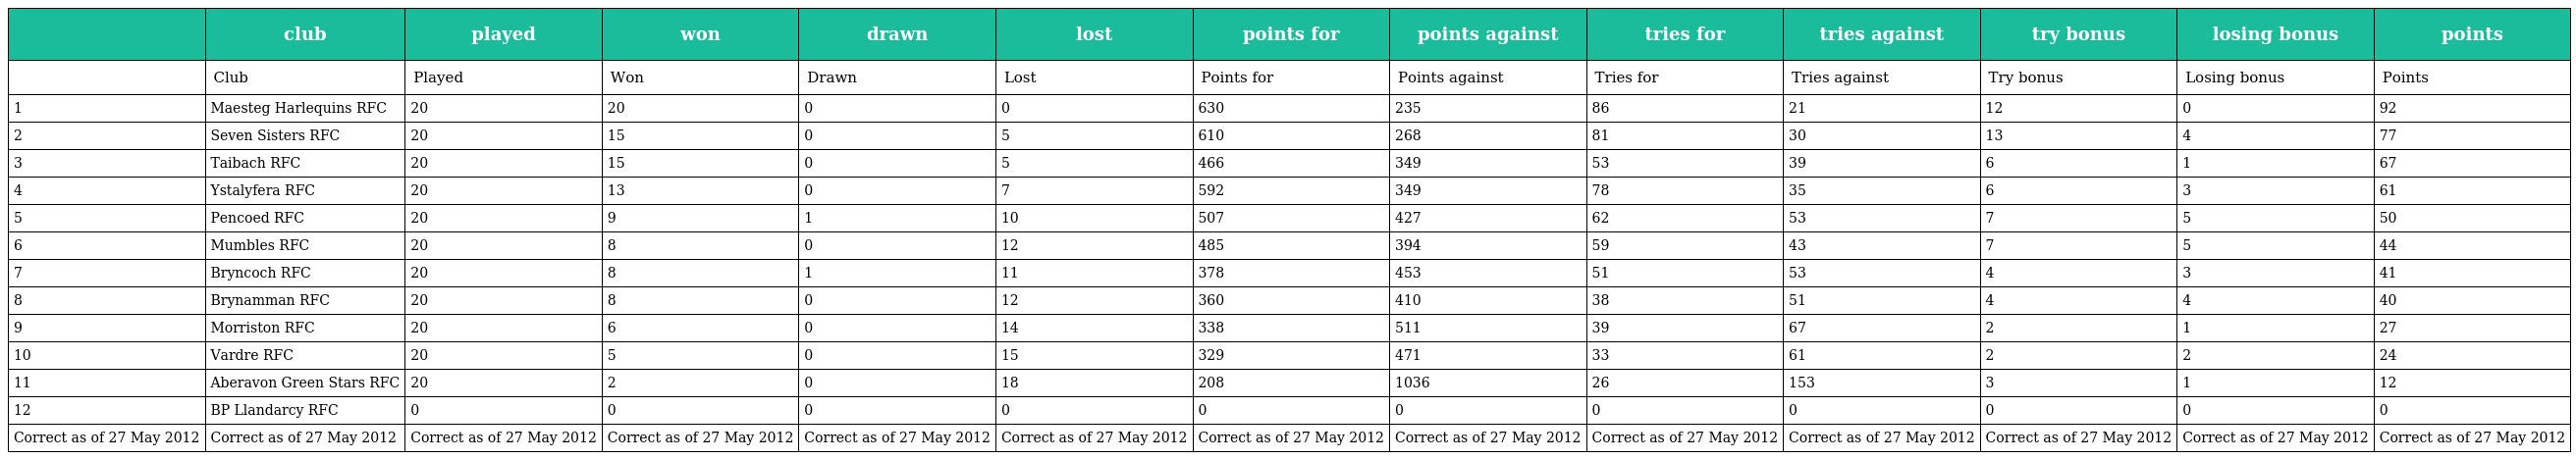
|  | club | played | won | drawn | lost | points for | points against | tries for | tries against | try bonus | losing bonus | points |
 | --- | --- | --- | --- | --- | --- | --- | --- | --- | --- | --- | --- | --- |
 |  | Club | Played | Won | Drawn | Lost | Points for | Points against | Tries for | Tries against | Try bonus | Losing bonus | Points |
 | 1 | Maesteg Harlequins RFC | 20 | 20 | 0 | 0 | 630 | 235 | 86 | 21 | 12 | 0 | 92 |
 | 2 | Seven Sisters RFC | 20 | 15 | 0 | 5 | 610 | 268 | 81 | 30 | 13 | 4 | 77 |
 | 3 | Taibach RFC | 20 | 15 | 0 | 5 | 466 | 349 | 53 | 39 | 6 | 1 | 67 |
 | 4 | Ystalyfera RFC | 20 | 13 | 0 | 7 | 592 | 349 | 78 | 35 | 6 | 3 | 61 |
 | 5 | Pencoed RFC | 20 | 9 | 1 | 10 | 507 | 427 | 62 | 53 | 7 | 5 | 50 |
 | 6 | Mumbles RFC | 20 | 8 | 0 | 12 | 485 | 394 | 59 | 43 | 7 | 5 | 44 |
 | 7 | Bryncoch RFC | 20 | 8 | 1 | 11 | 378 | 453 | 51 | 53 | 4 | 3 | 41 |
 | 8 | Brynamman RFC | 20 | 8 | 0 | 12 | 360 | 410 | 38 | 51 | 4 | 4 | 40 |
 | 9 | Morriston RFC | 20 | 6 | 0 | 14 | 338 | 511 | 39 | 67 | 2 | 1 | 27 |
 | 10 | Vardre RFC | 20 | 5 | 0 | 15 | 329 | 471 | 33 | 61 | 2 | 2 | 24 |
 | 11 | Aberavon Green Stars RFC | 20 | 2 | 0 | 18 | 208 | 1036 | 26 | 153 | 3 | 1 | 12 |
 | 12 | BP Llandarcy RFC | 0 | 0 | 0 | 0 | 0 | 0 | 0 | 0 | 0 | 0 | 0 |
 | Correct as of 27 May 2012 | Correct as of 27 May 2012 | Correct as of 27 May 2012 | Correct as of 27 May 2012 | Correct as of 27 May 2012 | Correct as of 27 May 2012 | Correct as of 27 May 2012 | Correct as of 27 May 2012 | Correct as of 27 May 2012 | Correct as of 27 May 2012 | Correct as of 27 May 2012 | Correct as of 27 May 2012 | Correct as of 27 May 2012 |